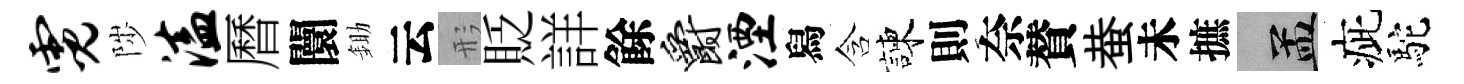
霓陟溘曆闤鋤云形貶詳餘爵湮舄含諫則奈賛蛬未摭汴疵駝